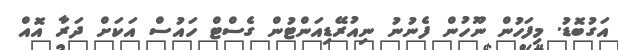
އަގުބޮޑު. މިފަހުން ނޫހުން ފެނުނު ނިއުރޭޑިއަންޓުން ގެސްޓް ހައުސް އަކަށް ދަރާ އޮއް